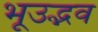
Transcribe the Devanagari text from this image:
भूउद्भव